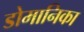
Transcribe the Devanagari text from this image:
डोमानिका